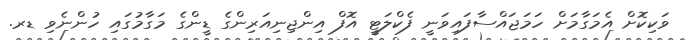
ވަކިކޮށް އެމަގާމަށް ހަމަޖައްސާފައިވަނީ ފެކްލަޓީ އޮފް އިންޖިނިއަރިންގެ ޑީންގެ މަގާމުގައި ހުންނެވި ޑރ.